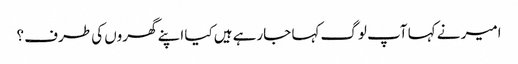
امیر نے کہا آپ لوگ کہا جارہے ہیں کیا اپنے گھروں کی طرف ؟